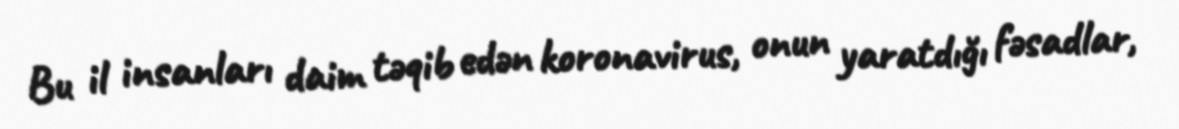
Bu il insanları daim təqib edən koronavirus, onun yaratdığı fəsadlar,